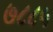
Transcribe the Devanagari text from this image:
७८८५